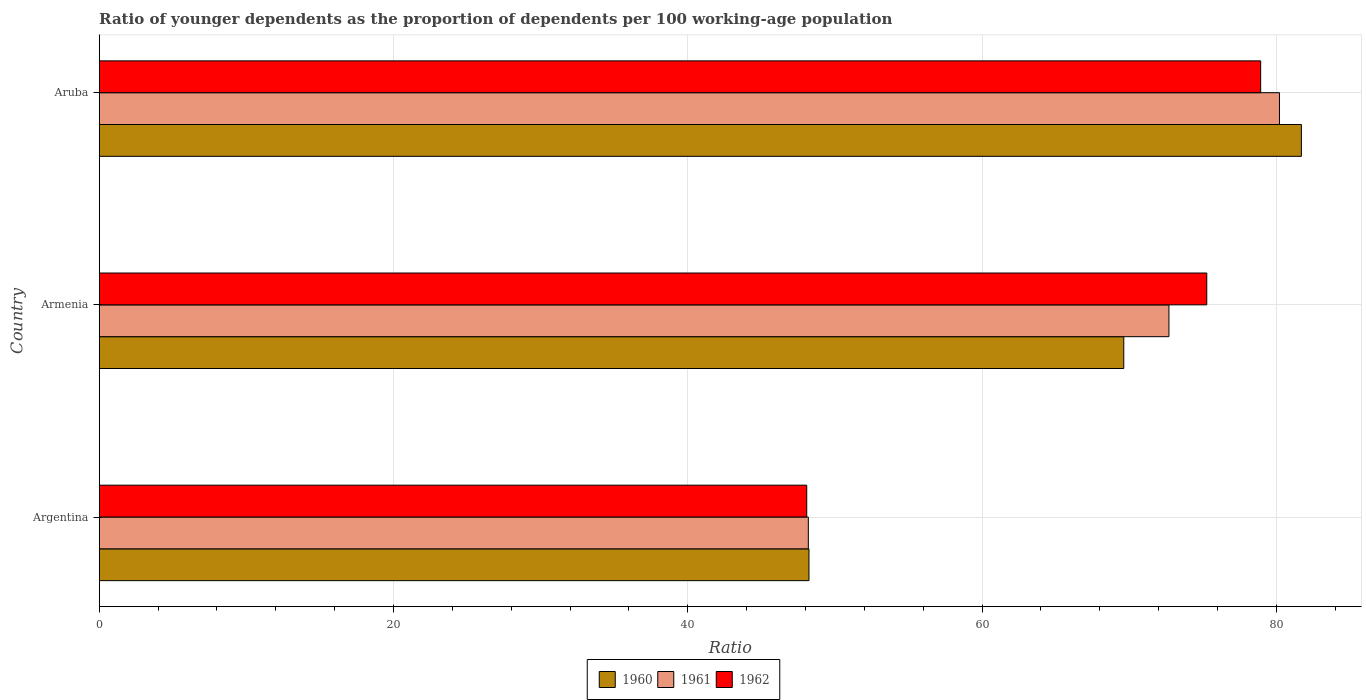
| Country | 1960 | 1961 | 1962 |
 | --- | --- | --- | --- |
 | Argentina | 48.2 | 48.2 | 48.1 |
 | Armenia | 69.6 | 72.7 | 75.3 |
 | Aruba | 81.7 | 80.2 | 78.9 |